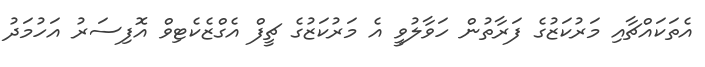
އެތަކައްޗާއި މަރުކަޒުގެ ފަރާތުން ހަވާލުވީ އެ މަރުކަޒުގެ ޗީފް އެގްޒެކެޓިވް އޮފިސަރު އަހުމަދު